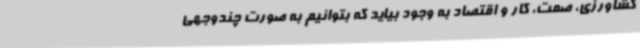
کشاورزی، صمت، کار و اقتصاد به وجود بیاید که بتوانیم به صورت چندوجهی